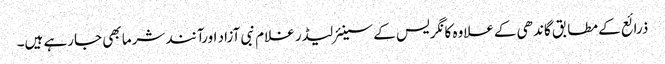
ذرائع کے مطابق گاندھی کےعلاوہ کانگریس کے سینئرلیڈر غلام نبی آزاد اورآنند شرما بھی جارہے ہیں۔